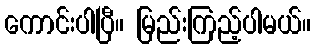
ကောင်းပါပြီ။ မြည်းကြည့်ပါမယ်။